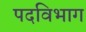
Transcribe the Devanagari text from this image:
पदविभाग